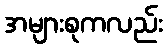
အများစုကလည်း